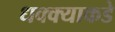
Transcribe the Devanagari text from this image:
धक्क्याकडे